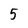
Character: 5